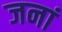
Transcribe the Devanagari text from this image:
जनां